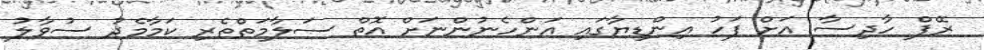
ރޭޕް ހާދިސާ އަށް ފަހު އިންޑިޔާގައި އަންހެނުންނަށް އޮތް ސަލާމަތްތެރި ކަމާމެދު ސުވާލު